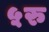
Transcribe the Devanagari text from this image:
५रु